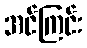
အင်ကြင်း